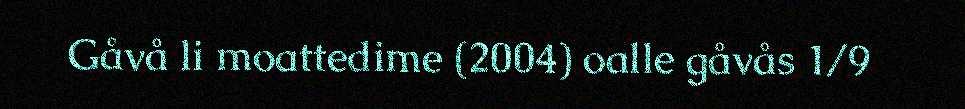
Gåvå li moattedime (2004) oalle gåvås 1/9